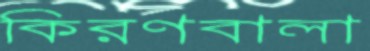
কিরণবালা